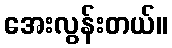
အေးလွန်းတယ်။